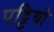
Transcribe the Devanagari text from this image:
पट्टियो